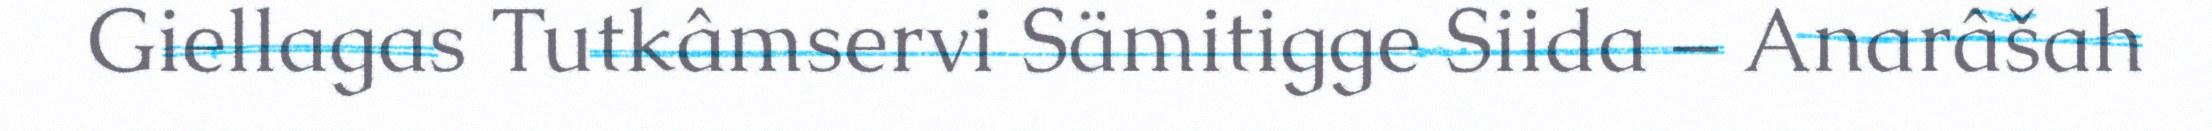
Giellagas Tutkâmservi Sämitigge Siida – Anarâšah